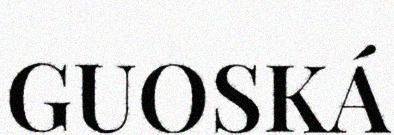
GUOSKÁ